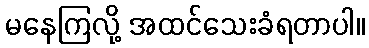
မနေကြလို့ အထင်သေးခံရတာပါ။